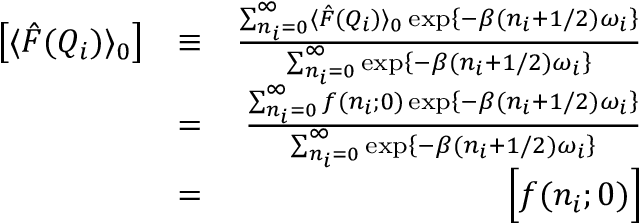
\begin{array} { r l r } { \left[ \langle \hat { F } ( Q _ { i } ) \rangle _ { 0 } \right] } & { \equiv } & { \frac { \sum _ { n _ { i } = 0 } ^ { \infty } \langle \hat { F } ( Q _ { i } ) \rangle _ { 0 } \exp \left\{ - \beta ( n _ { i } + 1 / 2 ) \omega _ { i } \right\} } { \sum _ { n _ { i } = 0 } ^ { \infty } \exp \left\{ - \beta ( n _ { i } + 1 / 2 ) \omega _ { i } \right\} } } \\ & { = } & { \frac { \sum _ { n _ { i } = 0 } ^ { \infty } f ( n _ { i } ; 0 ) \exp \left\{ - \beta ( n _ { i } + 1 / 2 ) \omega _ { i } \right\} } { \sum _ { n _ { i } = 0 } ^ { \infty } \exp \left\{ - \beta ( n _ { i } + 1 / 2 ) \omega _ { i } \right\} } } \\ & { = } & { \Big [ f ( n _ { i } ; 0 ) \Big ] } \end{array}